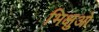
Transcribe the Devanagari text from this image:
भिक्षुओ